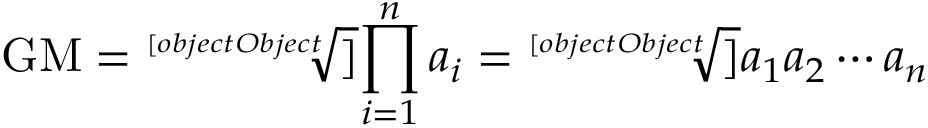
{ \mathrm { G M } } = { \sqrt [ [object Object] ] { \prod _ { i = 1 } ^ { n } a _ { i } } } = { \sqrt [ [object Object] ] { a _ { 1 } a _ { 2 } \cdots a _ { n } } }